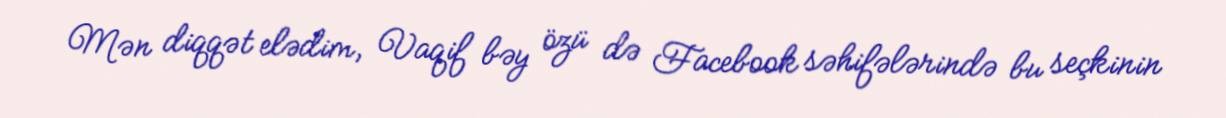
Mən diqqət elədim, Vaqif bəy özü də Facebook səhifələrində bu seçkinin